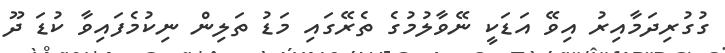
ގުގުރިދަމާއިރު އިވޭ އަޑަކީ ނޭވާލުމުގެ ތެރޭގައި މަޑު ތަލިން ނިކުމެފައިވާ ކުޑަ ދޫ